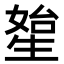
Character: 𤯯